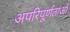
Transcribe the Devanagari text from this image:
अपरिपूर्णताओं